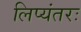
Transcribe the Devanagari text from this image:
लिप्यंतरः